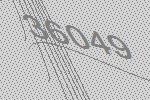
36049